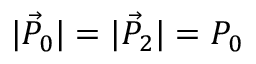
\vert \vec { P } _ { 0 } \vert = \vert \vec { P } _ { 2 } \vert = P _ { 0 }